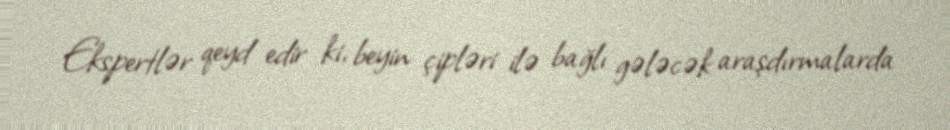
Ekspertlər qeyd edir ki, beyin çipləri ilə bağlı gələcək araşdırmalarda